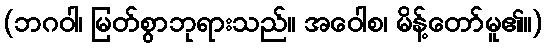
(ဘဂဝါ၊ မြတ်စွာဘုရားသည်။ အဝေါစ၊ မိန့်တော်မူ၏။)